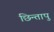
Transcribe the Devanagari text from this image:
छिन्तापु